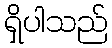
ရှိပါသည်